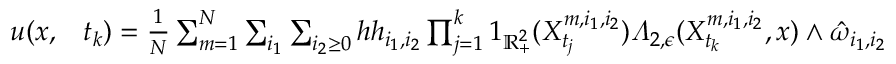
\begin{array} { r l } { u ( x , } & { { } t _ { k } ) = \frac { 1 } { N } \sum _ { m = 1 } ^ { N } \sum _ { i _ { 1 } } \sum _ { i _ { 2 } \geq 0 } h h _ { i _ { 1 } , i _ { 2 } } \prod _ { j = 1 } ^ { k } 1 _ { \mathbb { R } _ { + } ^ { 2 } } ( X _ { t _ { j } } ^ { m , i _ { 1 } , i _ { 2 } } ) \varLambda _ { 2 , \epsilon } ( X _ { t _ { k } } ^ { m , i _ { 1 } , i _ { 2 } } , x ) \wedge \hat { \omega } _ { i _ { 1 } , i _ { 2 } } } \end{array}